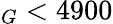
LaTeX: _G<4900